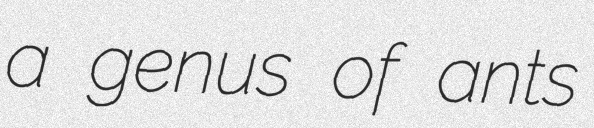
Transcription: a genus of ants